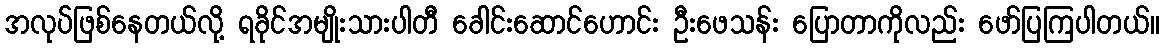
အလုပ်ဖြစ်နေတယ်လို့ ရခိုင်အမျိုးသားပါတီ ခေါင်းဆောင်ဟောင်း ဦးဖေသန်း ပြောတာကိုလည်း ဖော်ပြကြပါတယ်။